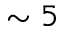
\sim 5